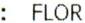
: FLOR